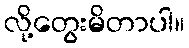
လို့တွေးမိတာပါ။